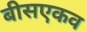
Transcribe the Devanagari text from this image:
बीसएकव